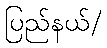
ပြည်နယ်/